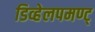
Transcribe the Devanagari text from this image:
डिव्हेलपमण्ट्